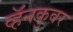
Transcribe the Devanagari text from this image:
व्हॅनकुवर